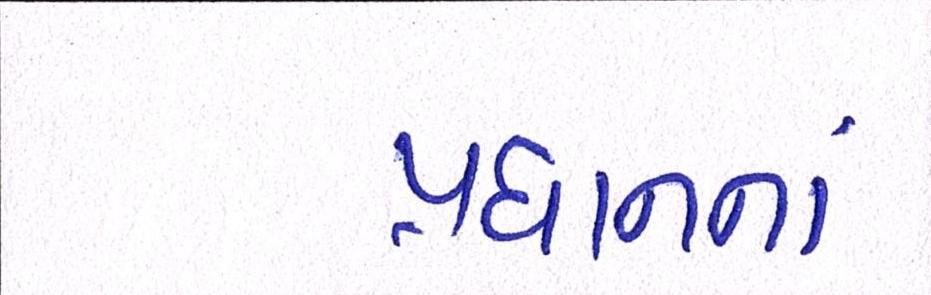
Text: પ્રધાનનાં